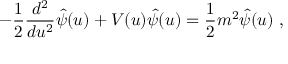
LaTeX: - { \frac { 1 } { 2 } } { \frac { d ^ { 2 } } { d u ^ { 2 } } } \hat { \psi } ( u ) + { \cal V } ( u ) \hat { \psi } ( u ) = { \frac { 1 } { 2 } } m ^ { 2 } \hat { \psi } ( u ) ~ ,